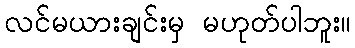
လင်မယားချင်းမှ မဟုတ်ပါဘူး။